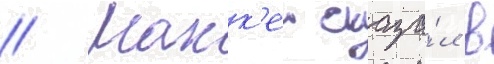
// Макк'еи сказа́л в